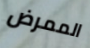
الممرض